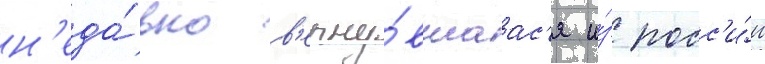
н'еда́вно в'ерну́вшаас'я и́з росс'и́и